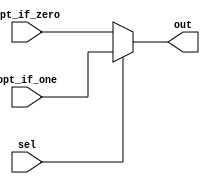
module Mux2To1(
    opt_if_zero, opt_if_one, sel,
    out
);
    parameter INPUT_SIZE = 32;

    input sel;
    input [INPUT_SIZE - 1:0] opt_if_zero;
    input [INPUT_SIZE - 1:0] opt_if_one;    

    output [INPUT_SIZE - 1:0] out;

    assign out = (sel == 1'b1) ? opt_if_one : opt_if_zero;

endmodule